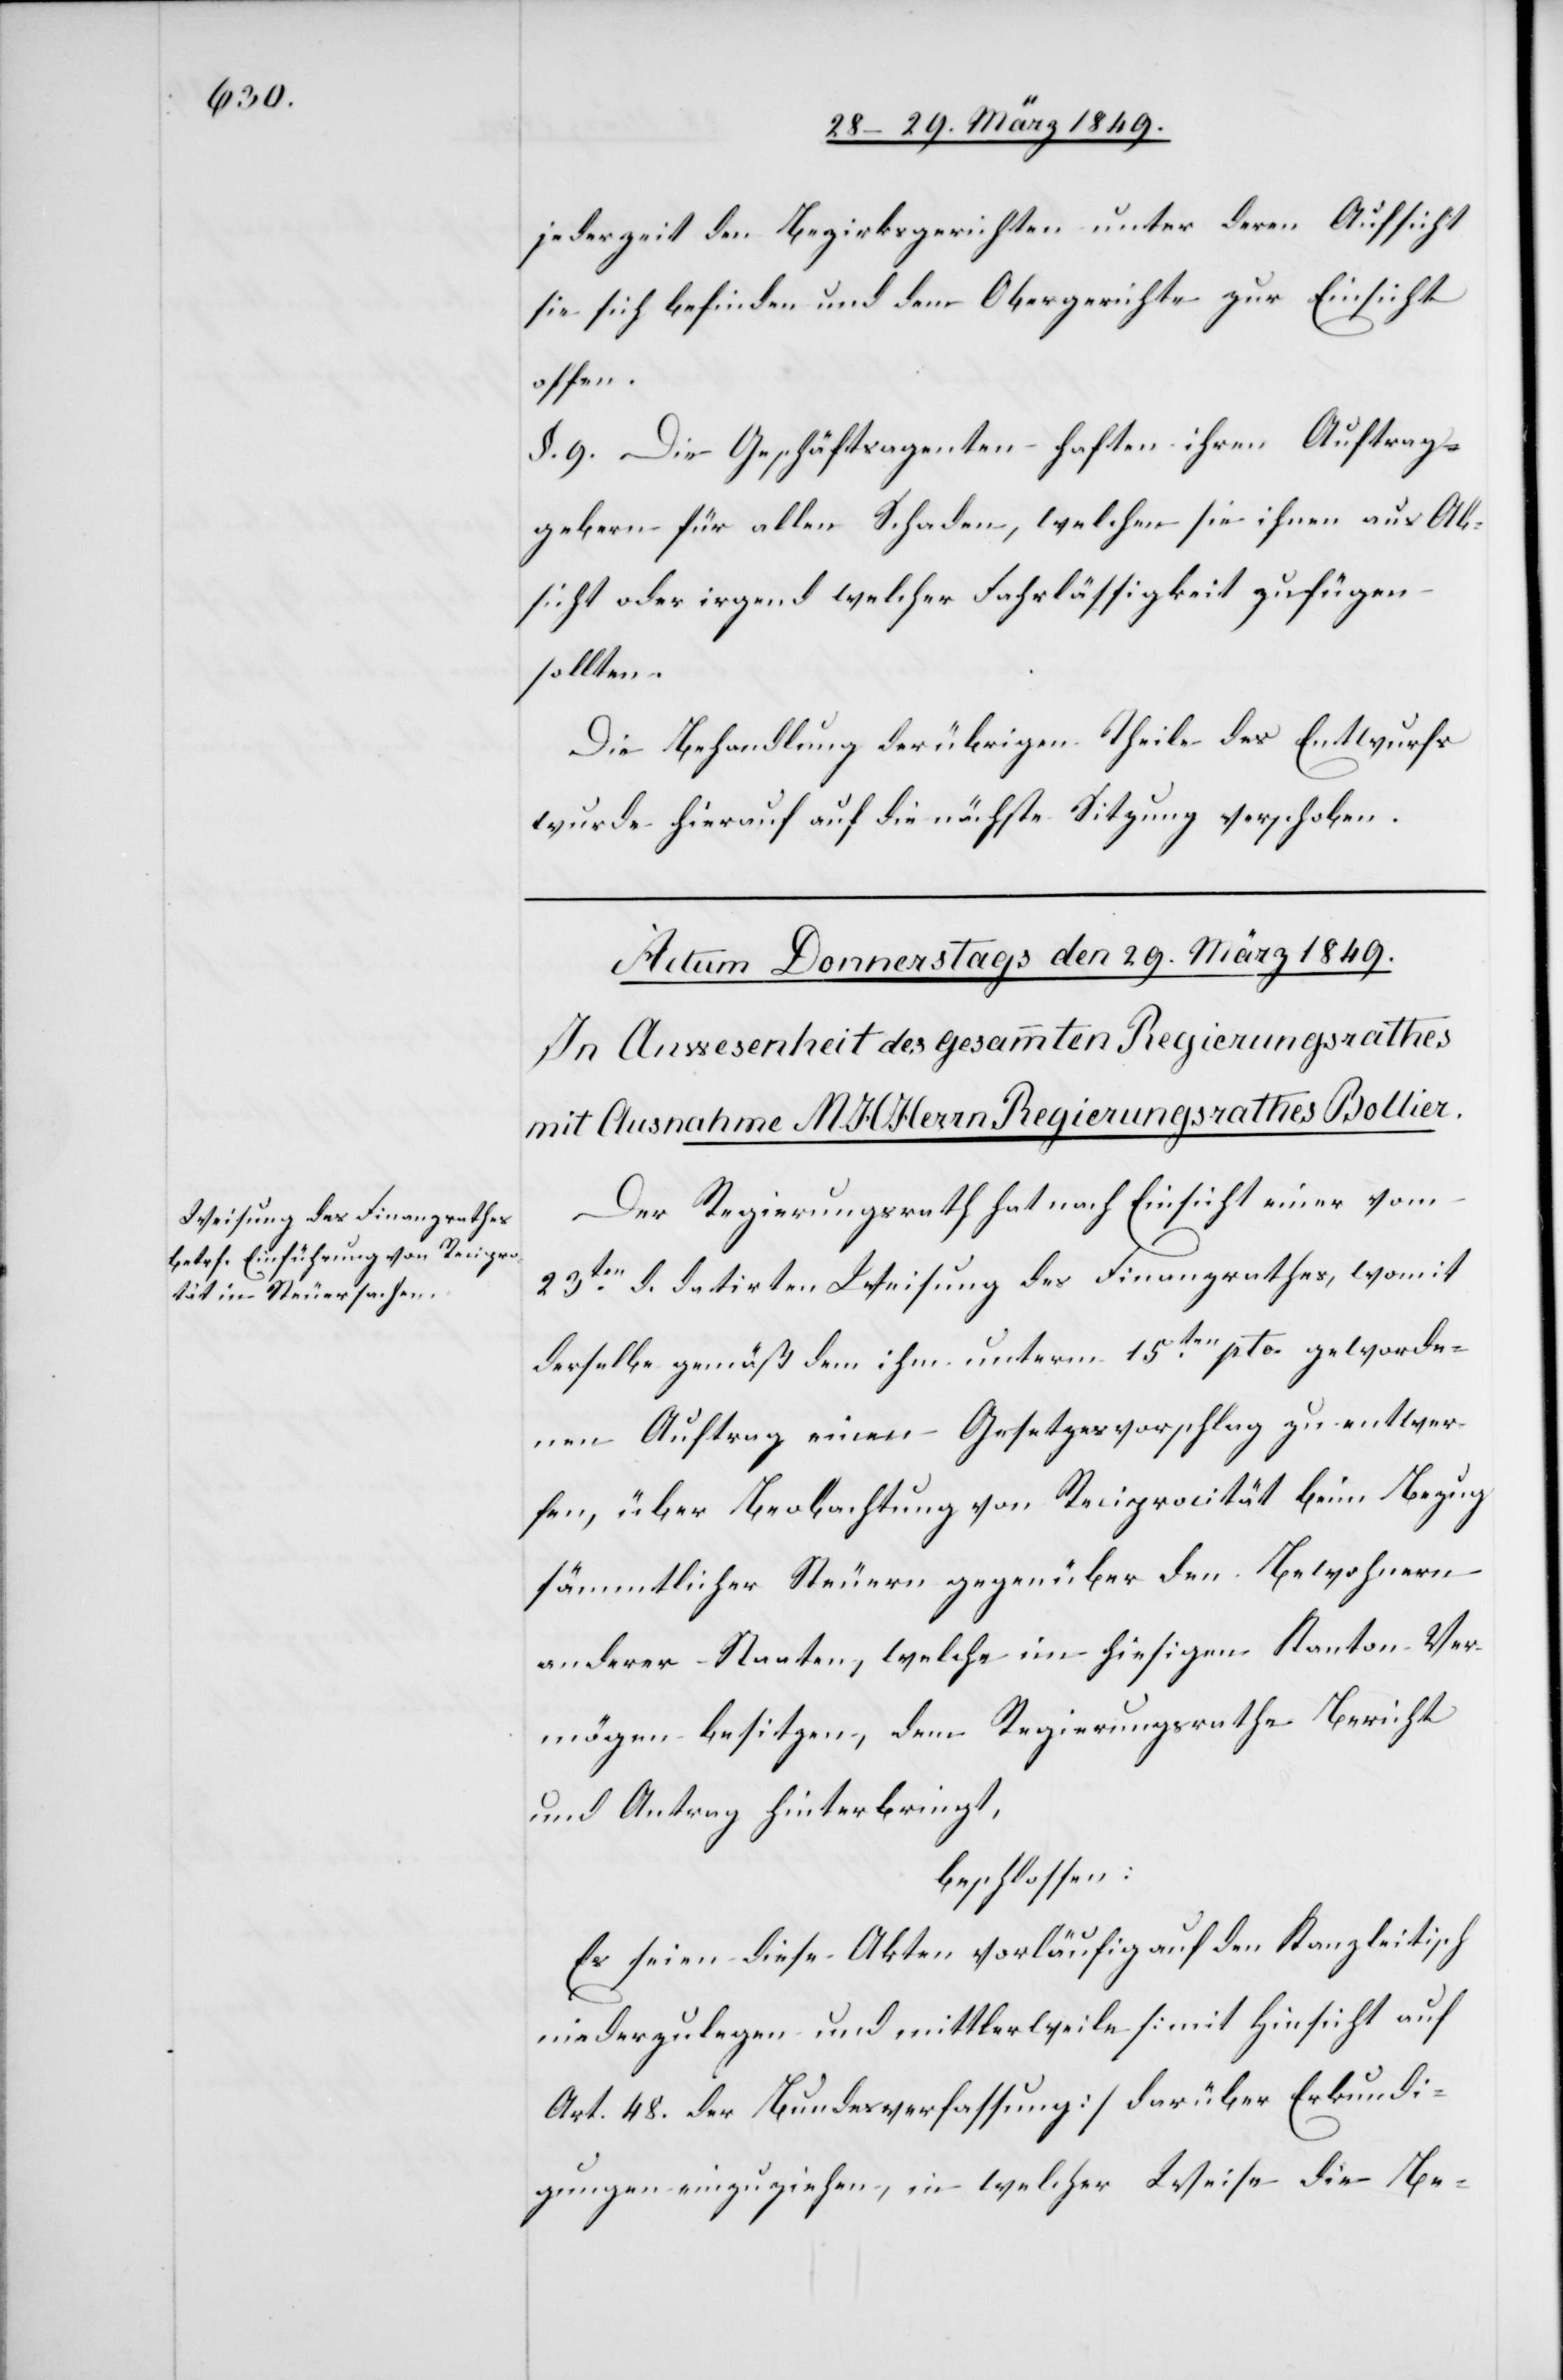
Der Regierungsrath hat nach Einsicht einer vom
23ten. d. datirten Weisung des Finanzrathes, womit
derselbe gemäß dem ihm unterm 15ten. pto. geworde¬
nen Auftrag einen Gesetzesvorschlag zu entwer¬
fen, über Beobachtung von Reciprocität beim Bezug
sämmtlicher Steuern gegenüber den Bewohnern
anderer Staaten, welche im hiesigen Kanton Ver¬
mögen besitzen, dem Regierungsrathe Bericht
und Antrag hinterbringt,
beschlossen:
Es seien diese Akten vorläufig auf den Kanzleitisch
niederzulegen und mittlerweile [mit Hinsicht auf
Art. 48. der Bundesverfassung] darüber Erkundi¬
gungen einzuziehen, in welcher Weise die Be-